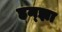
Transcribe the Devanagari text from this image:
हम्झा